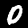
Label: 0